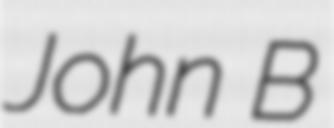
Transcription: John B